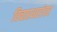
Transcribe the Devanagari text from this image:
विचारधारांवर